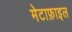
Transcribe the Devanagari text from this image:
मेटाफ़ाइल